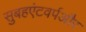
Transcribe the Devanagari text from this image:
सुबहएंटवर्पऔर